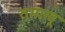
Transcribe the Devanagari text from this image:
तमाखू